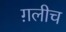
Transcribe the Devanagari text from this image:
ग़लीच